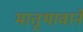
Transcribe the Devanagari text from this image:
मातृभावाने